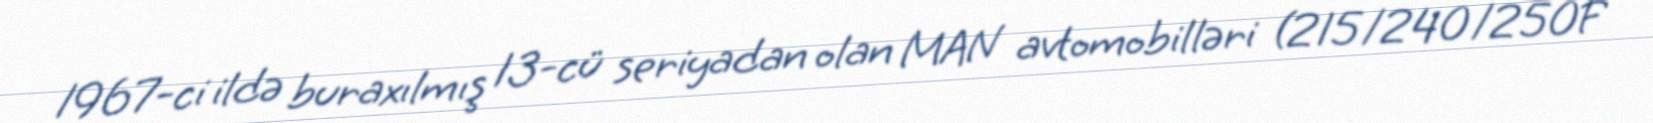
1967-ci ildə buraxılmış 13-cü seriyadan olan MAN avtomobilləri (215/240/250F